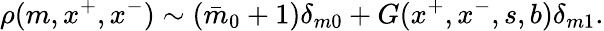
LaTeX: \rho(m,x^{+},x^{-})\sim(\bar{m}_{0}+1)\delta_{m0}+G(x^{+},x^{-},s,b)\delta_{m1}.